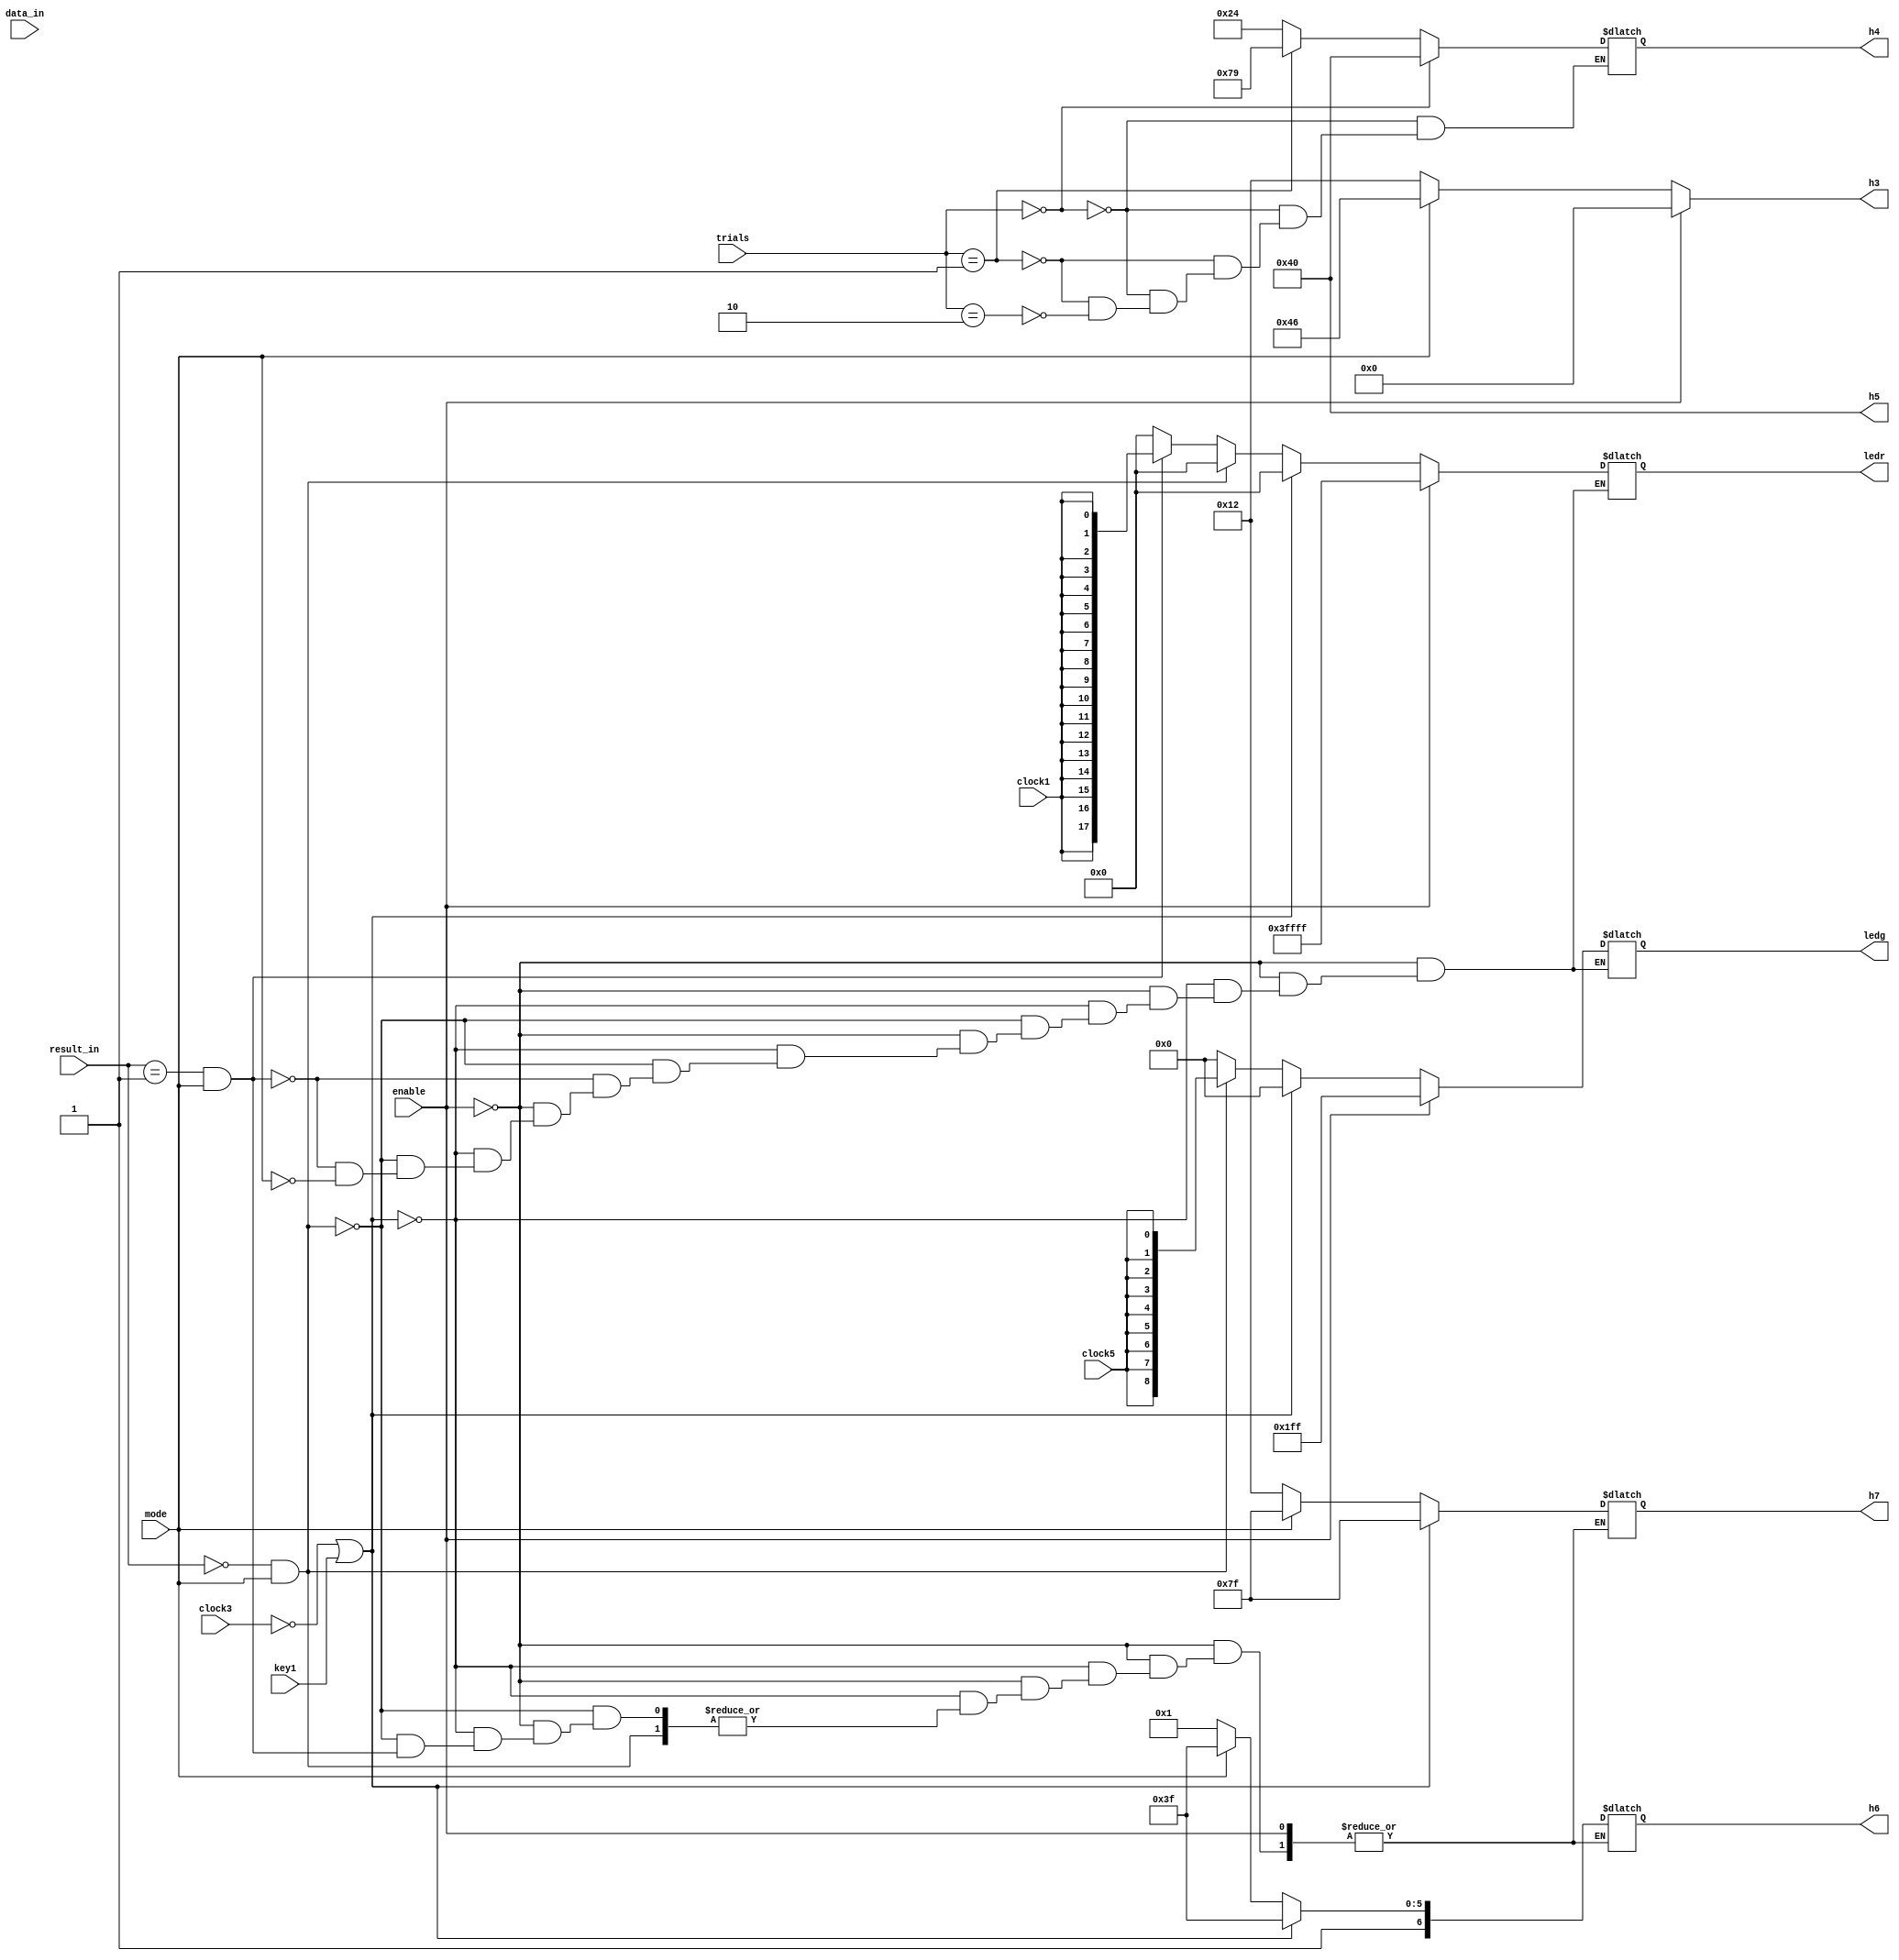
module display (clock1, clock3, clock5, key1, mode, enable, trials, result_in, data_in, ledr, ledg, h3, h4, h5, h6, h7);
	
	input [1:0] result_in, trials;
	input clock1, clock5, clock3, mode, enable, key1;
	input [11:0] data_in;
	
	output reg [17:0] ledr;
	output reg [8:0] ledg;
	
	output reg [6:0] h3, h4, h5, h6, h7;
	
	initial 
	begin
		h5 = 7'b100_0000;
		h4 = 7'b100_0000;
		ledr = {18{1'b0}};
		ledg = {9{1'b0}};
		h6 = 7'b111_1111;  // off hex
		h7 = 7'b111_1111;	 // off hex
	end
	
	always @ (trials) // display number of trials
	begin
		if (trials == 2'b00)	h4 = 7'b100_0000;  // 0
		else if (trials == 2'b01) h4 = 7'b111_1001; // 1
		else if (trials == 2'b10) h4 = 7'b010_0100; // 2
	end
	
	always @ (clock3,key1,enable) // ledr and ledg for verify, set and block
	begin
		if (enable == 1'b1) // block, turn on all leds
		begin
			ledr = {18{1'b1}};
			ledg = {9{1'b1}};
		end
		else //not be blocked
		begin
			if ((~clock3) || key1) //when we change mode or input new input
			begin
				h6 = 7'b111_1111;  // off hex
				h7 = 7'b111_1111;	 // off hex
				ledr = {18{1'b0}};
				ledg = {9{1'b0}};
			end
			else 
			begin
				if ((result_in == 2'b00) && mode) // verify right, turn on led green with frequency 5Hz 
				begin
					ledr = {18{1'b0}};
					ledg = {9{clock5}};
				end
				else 
				if ((result_in == 2'b01) && mode) //verify wrong, turn on led red with frequency 1Hz				begin
				begin
					ledr = {18{clock1}};
					ledg = {9{1'b0}};
				end
				else if (!mode)	// set password successfully
				begin	
					h6 = 7'b100_0001;  // U
					h7 = 7'b001_0010;	 // S
				end
				else // reset system but result still 2'b11
				begin
					h6 = 7'b111_1111;  // off hex
					h7 = 7'b111_1111;	 // off hex
					ledr = {18{1'b0}}; // off leds
					ledg = {9{1'b0}};
				end
			end
		end
	end
	
	always @ (mode, enable) // display mode
	begin
		if (enable) h3 = 7'b000_0000; // B : block
		else
		begin
			if (!mode) h3 = 7'b001_0010;	//S : set password
			else h3 = 7'b100_0110;	// C : check password
		end
	end
	
endmodule